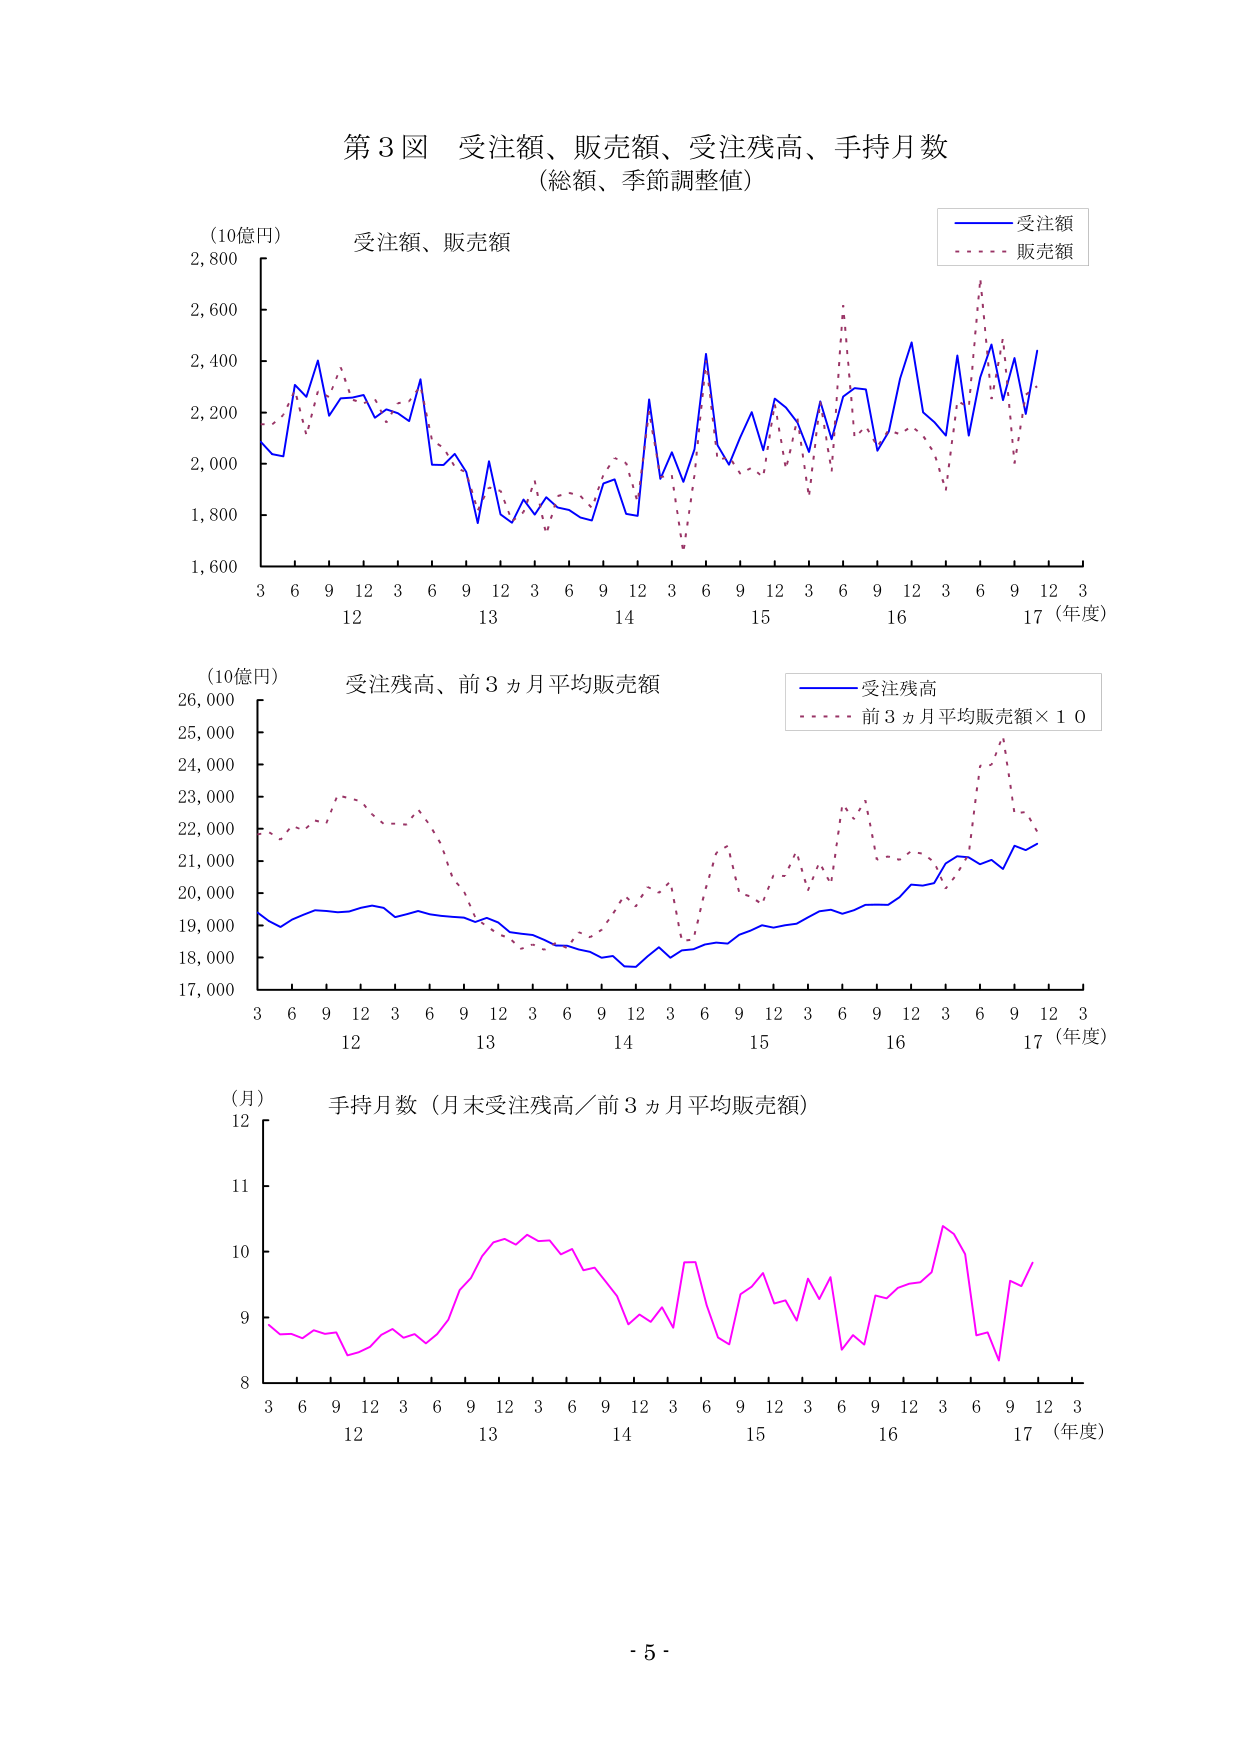
第3図 受注額、販売額、受注残高、手持月数
（総額、季節調整値）

（10億円） 受注額、販売額
受注額
販売額

（10億円） 受注残高、前3ヵ月平均販売額
受注残高
前3ヵ月平均販売額×10

（月） 手持月数（月末受注残高／前3ヵ月平均販売額）

3 6 9 12 3 6 9 12 3 6 9 12 3 6 9 12 3 6 9 12 3 6 9 12 3
12 13 14 15 16 17（年度）

3 6 9 12 3 6 9 12 3 6 9 12 3 6 9 12 3 6 9 12 3
12 13 14 15 16 17（年度）

3 6 9 12 3 6 9 12 3 6 9 12 3 6 9 12 3
12 13 14 15 16 17（年度）

- 5 -